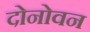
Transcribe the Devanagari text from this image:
दोनोवन